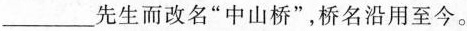
先生而改名”中山桥”，桥名沿用至今。